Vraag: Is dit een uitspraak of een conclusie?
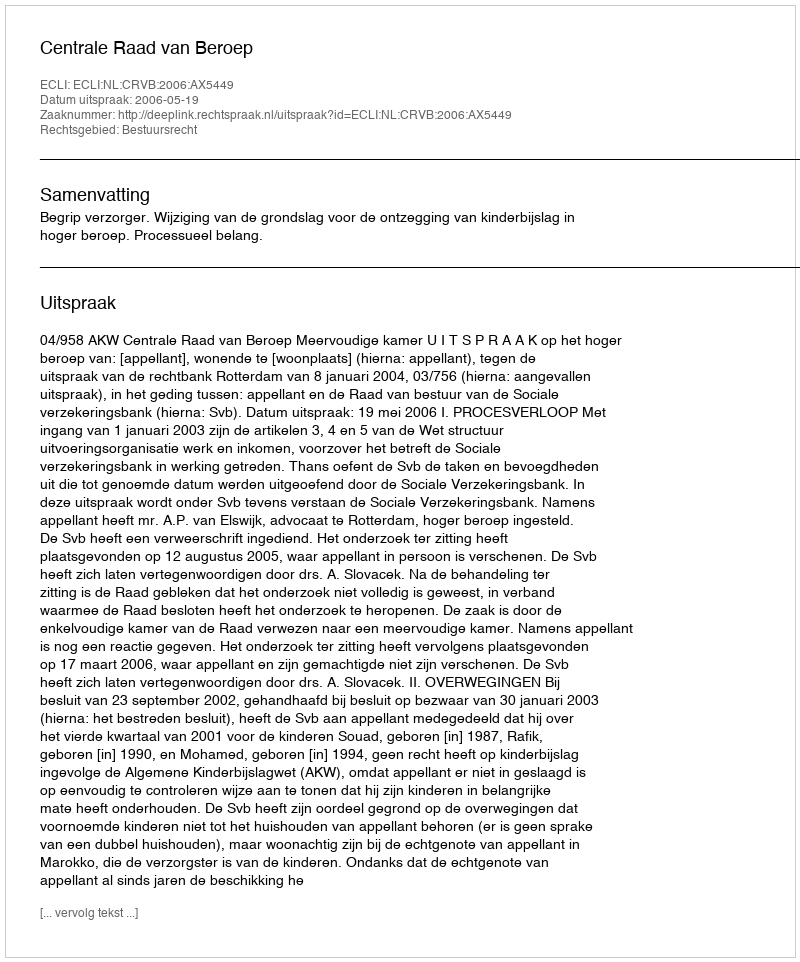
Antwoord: Uitspraak